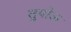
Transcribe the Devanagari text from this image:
तुपोऊ